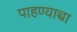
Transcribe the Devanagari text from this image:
पाहण्याच्चा